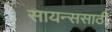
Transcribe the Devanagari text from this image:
सायन्ससाठी